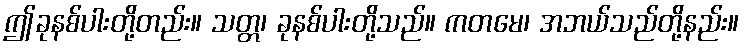
ဤခုနစ်ပါးတို့တည်း။ သတ္တ၊ ခုနစ်ပါးတို့သည်။ ကတမေ၊ အဘယ်သည်တို့နည်း။